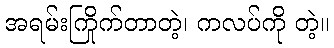
အရမ်းကြိုက်တာတဲ့၊ ကလပ်ကို တဲ့။